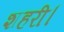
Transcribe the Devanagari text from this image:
शहरी।